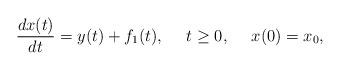
LaTeX: \begin{align*} \frac{dx(t)}{dt}=y(t)+f_{1}(t),\ \ \ \ t\ge 0,\ \ \ \ x(0)=x_{0},\end{align*}